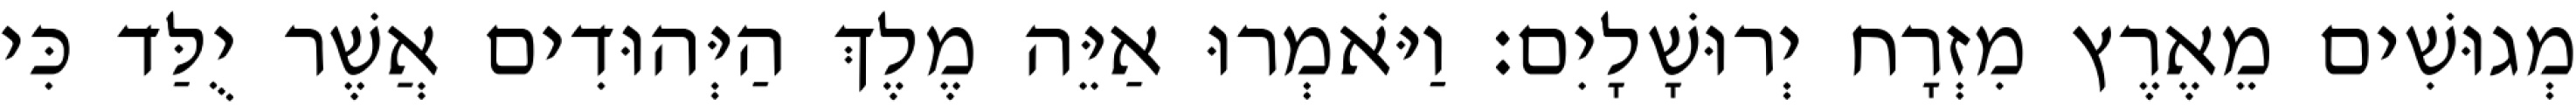
מְגוּשִׁים מֵאֶרֶץ מִזְרָח יְרוּשָׁלָיִם׃ וַיֹּאמְרוּ אַיֵּה מֶלֶךְ הַיְּהוּדִים אֲשֶׁר יֻלַּד כִּי